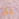
بأن